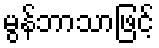
မွန်ဘာသာဖြင့်